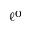
\ell ^ { 0 }